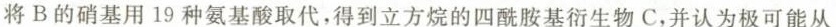
将B的硝基用19种氨基酸取代，得到立方烷的四酰胺基衍生物C，并认为极可能从